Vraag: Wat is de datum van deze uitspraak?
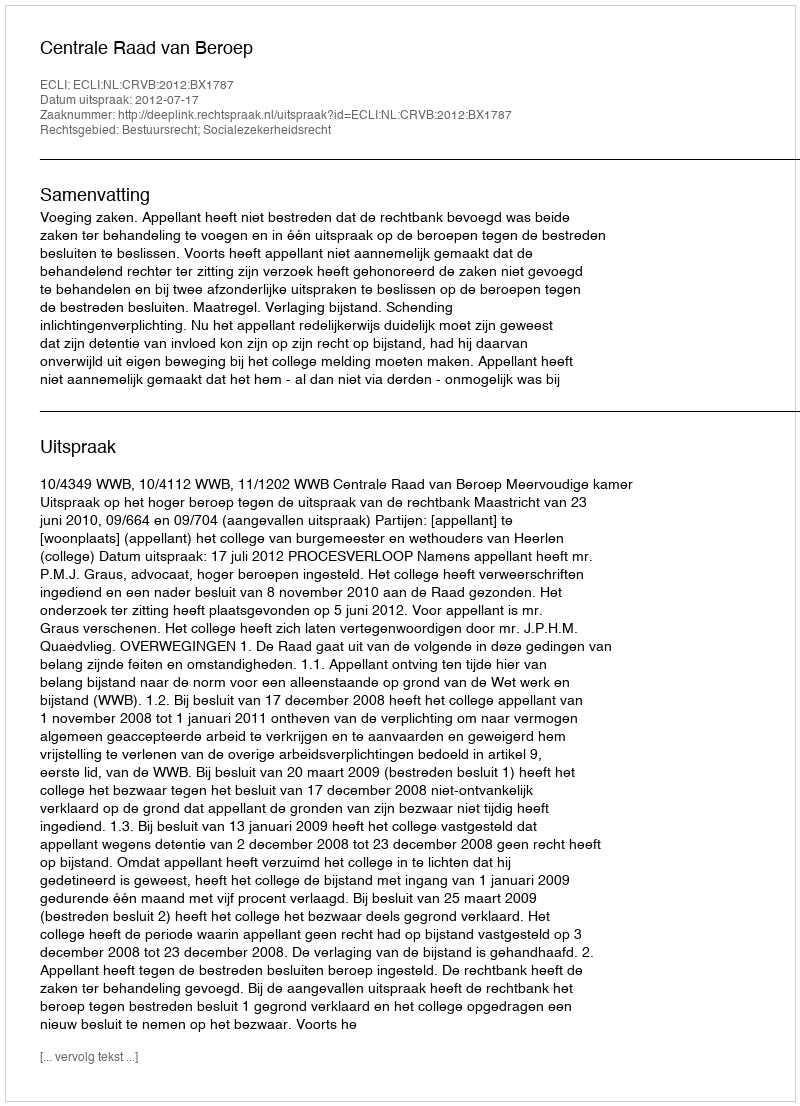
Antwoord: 2012-07-17